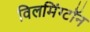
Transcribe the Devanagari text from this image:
विलमिंग्टॉन